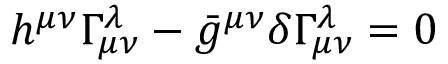
h ^ { \mu \nu } \Gamma _ { \mu \nu } ^ { \lambda } - \bar { g } ^ { \mu \nu } \delta \Gamma _ { \mu \nu } ^ { \lambda } = 0